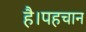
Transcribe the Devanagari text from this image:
है।पहचान